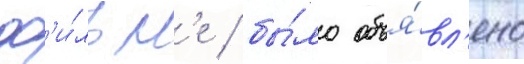
ф'и́льм'е / бы́ло объя́вл'ено